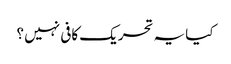
کیا یہ تحریک کافی نہیں ؟